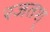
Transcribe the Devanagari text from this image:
रजतश्